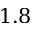
1 . 8